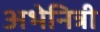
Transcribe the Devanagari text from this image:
अभेनित्री